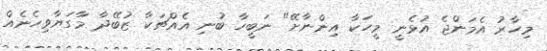
މިހާރު އެމަންޖެ އުޅެނީ މީހަކާ އިންނާށޭ" ނަބީހާ ބުނި އެއްޗަކާ ޒުބޭދާ މާގަޔާވިހެނެއް